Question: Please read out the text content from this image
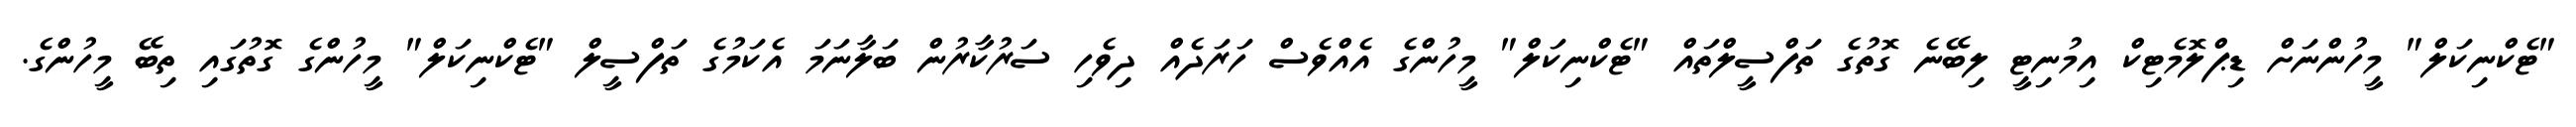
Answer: "ޓެކްނިކަލް" މީހުންނަށް ޑިޕްލޮމެޓިކް އިމުނިޓީ ލިބޭނެ ގޮތުގެ ތަފްސީލްތައް "ޓެކްނިކަލް" މީހުންގެ އެއްވެސް ހަރަދެއް ދިވެހި ސަރުކާރުން ބަލާނަމަ އެކަމުގެ ތަފްސީލް "ޓެކްނިކަލް" މީހުންގެ ގޮތުގައި ތިބޭ މީހުންގެ.